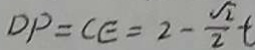
D P = C E = 2 - \frac { \sqrt { 2 } } { 2 } t